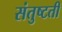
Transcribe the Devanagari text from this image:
संतुष्टती